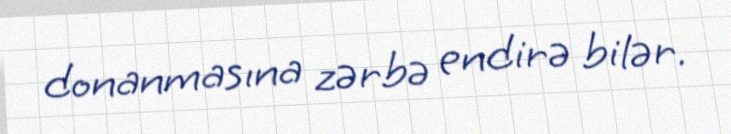
donanmasına zərbə endirə bilər.